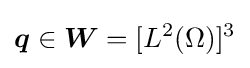
{\boldsymbol {q}}\in {\boldsymbol {W}}=[L^{2}(\Omega )]^{3}